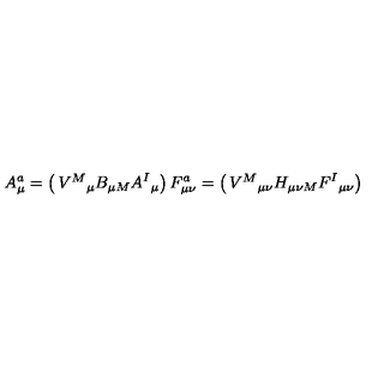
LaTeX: A _ { \mu } ^ { a } = \left( \begin{matrix} { V ^ { M } { } _ { \mu } } \\ { B _ { \mu M } } \\ { A ^ { I } { } _ { \mu } } \\ \end{matrix} \right) { } F _ { \mu \nu } ^ { a } = \left( \begin{matrix} { V ^ { M } { } _ { \mu \nu } } \\ { H _ { \mu \nu M } } \\ { F ^ { I } { } _ { \mu \nu } } \\ \end{matrix} \right)